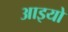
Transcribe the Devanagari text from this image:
आइयो